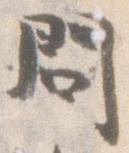
問